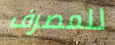
للمصرف